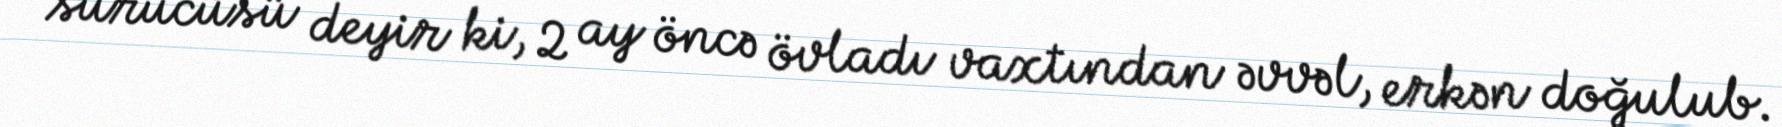
sürücüsü deyir ki, 2 ay öncə övladı vaxtından əvvəl, erkən doğulub.